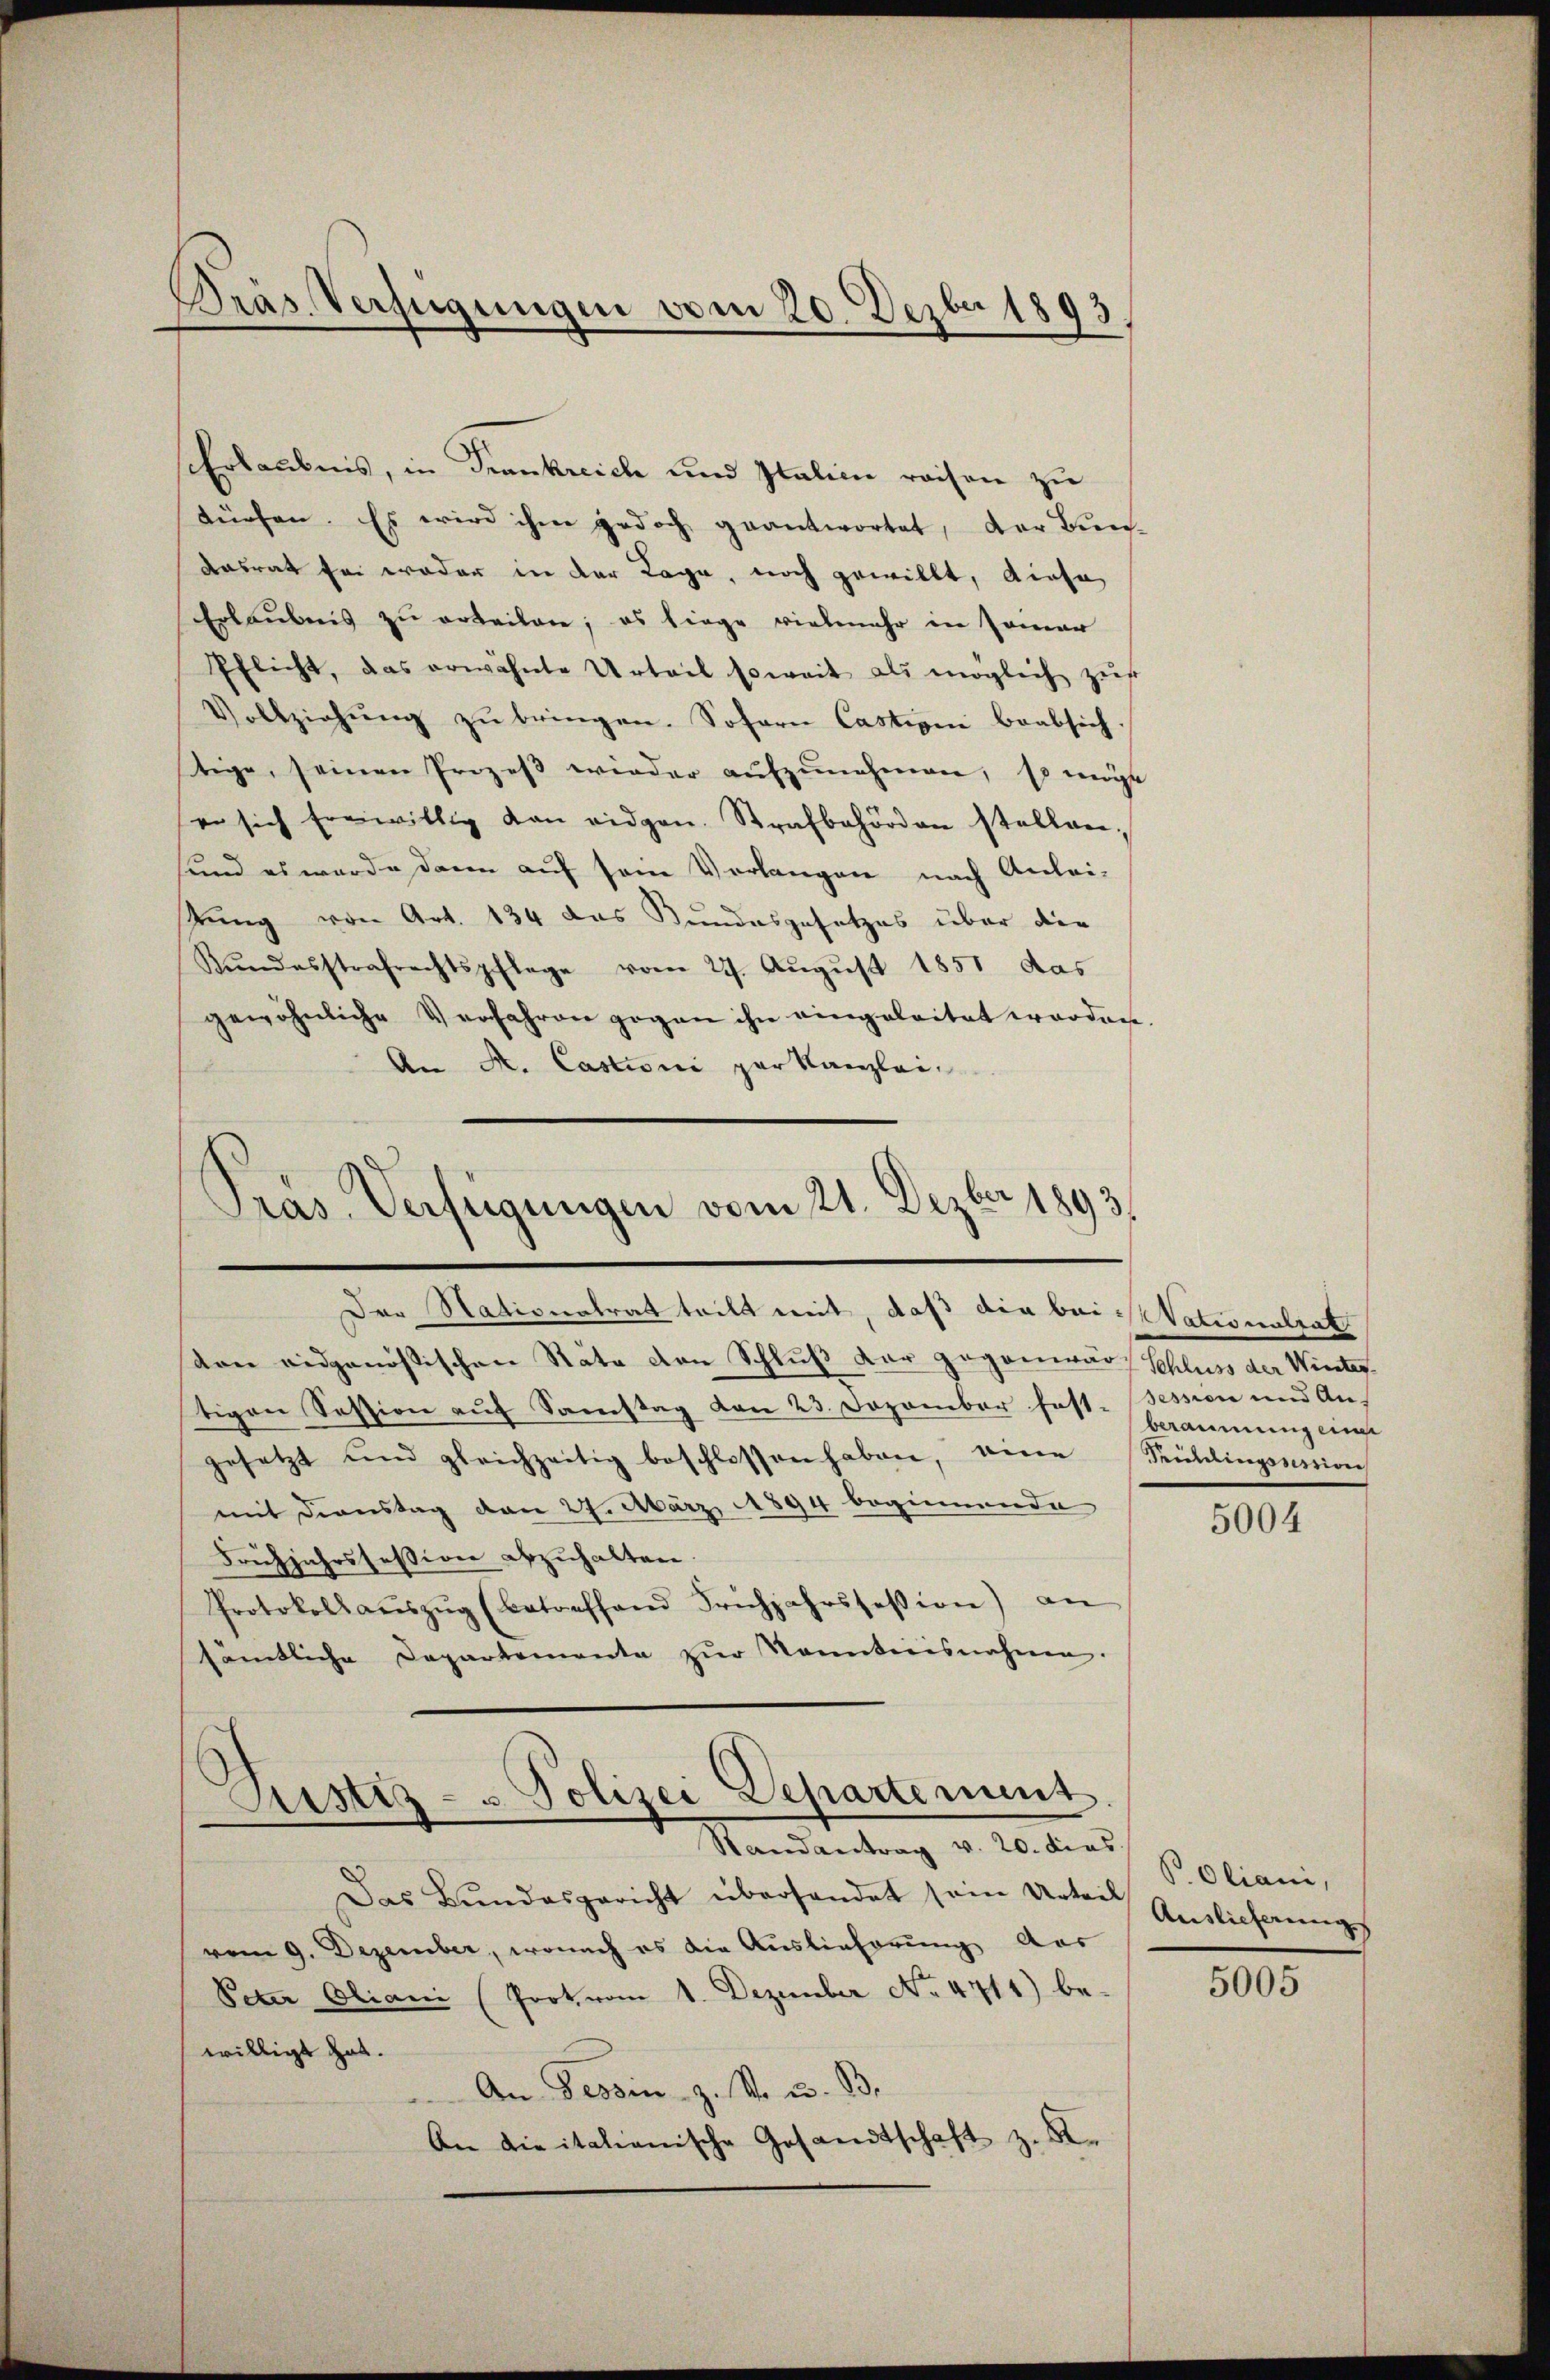
Präs. Verfügungen vom 20. Dezbr 1893.

Erlaubnis, in Frankreich und Italien reisen zu
dürfen. Es wird ihm jedoch geantwortet, der Bien-
Aasrat sei weder in der Lage, noch gewillt, diese
Erlaubnis zu erteilen; es liege vielmehr in Jamer
Pflicht, das erwähnte Urteil soweit als möglich zŭs
Vollziehŭng zŭ bringen. Sofern Castion beabsich.
tige, seinen Prozeβ wieder aŭfzŭnehmen, so mögte
ser sich freiwillig von eidgen. Strafbehörden stellen,
sund es wurde dann auf sein Verlangen nach Anlei-
sung von Art. 134 das Bundesgesetzes über die
Kŭndesstrafrechtspflege vom 27. Aŭgŭst 1851 das
gewöhnliche Verfahren gegen ihn eingeleitet worden.
An A. Castioni par Kanzlei¬

Pras Verfügungen vom 21. Dezbr 1893.
Der Nativeratrat teilt weit, daß die bei stationalrat

von eidgenössischen Räte den Schluß der gegenwär, Schluss der Winter
tigen Session aŭf Samstag von 23. Dezember fest. Session und Angesetzt und gleichzeitig beschlossen haben, eine
mit Dienstag von 27. März 1894 beginnende
Frühjahrssession abzuhalten.
Protokoll aŭszŭg (betreffend Frühjahrssession) an
sämtliche Departemente zŭr Kenntnisnahme.

Justiz- u Polizei Departement
d

Randantrag v. 20. dies
Das Bundesgericht überhandet sein Arten Auslicherungs
vom 9. Dezember, wonach es die Auslieferung der
Peter Oliani (Prot vom 1. Dezember No. 4711) bewilligt hat.
An Tessin z. R. u. B.
An die italienische Gesandtschaft z. B.

beraumung eine
Seuddingsmini

5004

B. Oliani,

5005